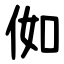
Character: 侞